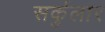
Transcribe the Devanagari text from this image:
सर्कुलार